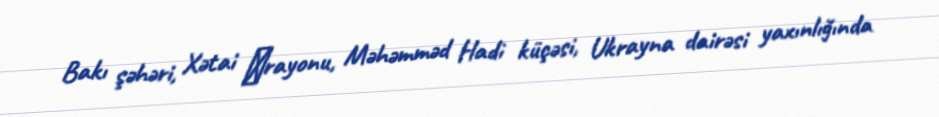
Bakı şəhəri, Xətai ‎rayonu, Məhəmməd Hadi küçəsi, Ukrayna dairəsi yaxınlığında